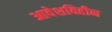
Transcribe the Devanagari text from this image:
आवेशविहीन